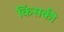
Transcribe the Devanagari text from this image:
किंसकी